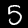
Digit: 5